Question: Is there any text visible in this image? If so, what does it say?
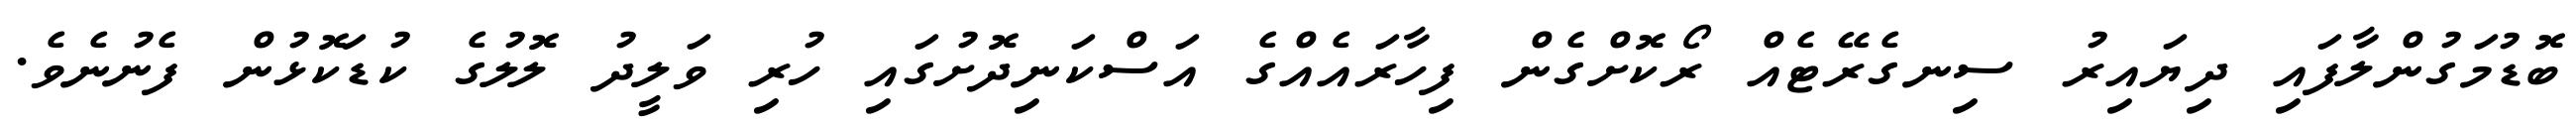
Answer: ބޮޑުމަގުންލާފައި ދިޔައިރު ސިނގެރޭޓެއް ރޯކޮށްގެން ފިހާރައެއްގެ އަސްކަނިދޮށުގައި ހުރި ވަލީދު ލޮލުގެ ކުޑަކޮޅުން ފެނުނެވެ.